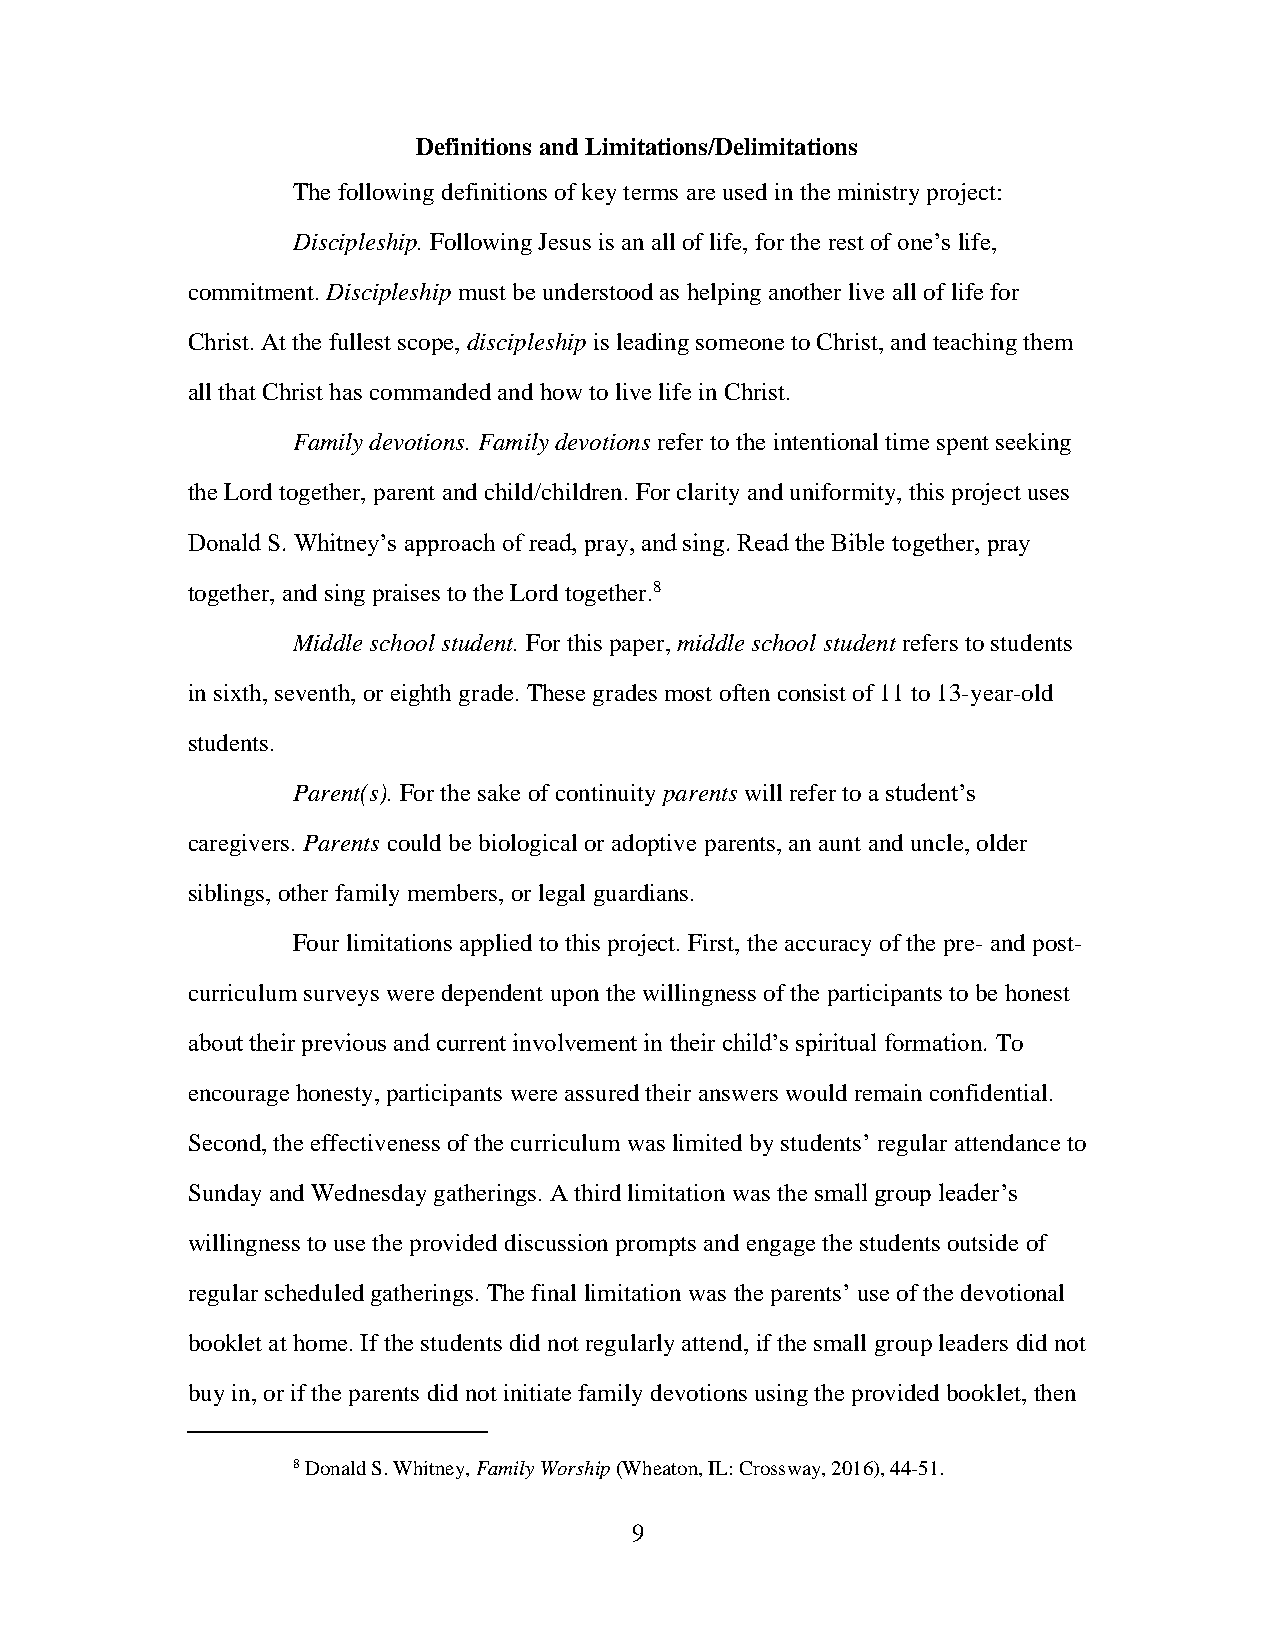
Definitions and Limitations/Delimitations
 The following definitions of key terms are used in the ministry project:
 Discipleship. Following Jesus is an all of life, for the rest of one’s life,
 commitment. Discipleship must be understood as helping another live all of life for
 Christ. At the fullest scope, discipleship is leading someone to Christ, and teaching them
 all that Christ has commanded and how to live life in Christ.
 Family devotions. Family devotions refer to the intentional time spent seeking
 the Lord together, parent and child/children. For clarity and uniformity, this project uses
 Donald S. Whitney’s approach of read, pray, and sing. Read the Bible together, pray
 together, and sing praises to the Lord together.8
 Middle school student. For this paper, middle school student refers to students
 in sixth, seventh, or eighth grade. These grades most often consist of 11 to 13-year-old
 students.
 Parent(s). For the sake of continuity parents will refer to a student’s
 caregivers. Parents could be biological or adoptive parents, an aunt and uncle, older
 siblings, other family members, or legal guardians.
 Four limitations applied to this project. First, the accuracy of the pre- and post-
 curriculum surveys were dependent upon the willingness of the participants to be honest
 about their previous and current involvement in their child’s spiritual formation. To
 encourage honesty, participants were assured their answers would remain confidential.
 Second, the effectiveness of the curriculum was limited by students’ regular attendance to
 Sunday and Wednesday gatherings. A third limitation was the small group leader’s
 willingness to use the provided discussion prompts and engage the students outside of
 regular scheduled gatherings. The final limitation was the parents’ use of the devotional
 booklet at home. If the students did not regularly attend, if the small group leaders did not
 buy in, or if the parents did not initiate family devotions using the provided booklet, then
 8 Donald S. Whitney, Family Worship (Wheaton, IL: Crossway, 2016), 44-51.
 9